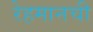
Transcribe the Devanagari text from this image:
रेहमानची